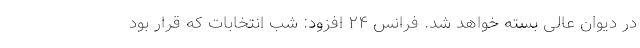
در دیوان عالی بسته خواهد شد. فرانس ۲۴ افزود: شب انتخابات که قرار بود